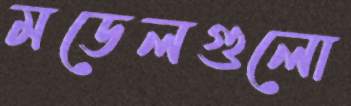
মডেলগুলো